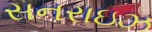
સનરાઇઝ